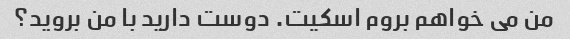
من می خواهم بروم اسکیت. دوست دارید با من بروید؟